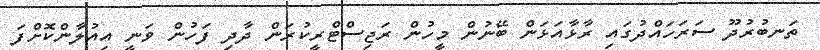
ތަނބުރުދޫ ސަރަހައްދުގައި ރާޅާއަޅަން ބޭނުން މީހުން ރަޖިސްޓްރީކުރަން ދާދި ފަހުން ވަނީ އިއުލާންކޮށްފަ